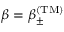
\beta = \beta _ { \pm } ^ { \mathrm { ( T M ) } }